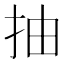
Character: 抽